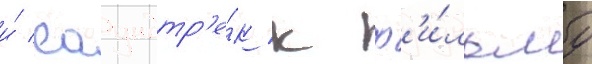
и́ саундтр'е́к к ф'и́льму